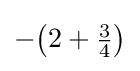
-{\bigl (}2+{\tfrac {3}{4}}{\bigr )}